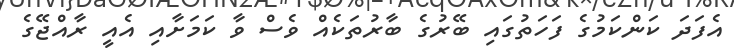
އެފަދަ ކަންކަމުގެ ފަހަތުގައި ބޭރުގެ ބާރުތަކެއް ވެސް ވާ ކަމަށާއި އެއީ ރާއްޖޭގެ